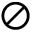
\oslash